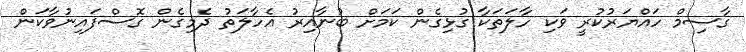
ގާސިމް ހައްޔަރުކުރީ ވަކި ހާލަތަކާ ގުޅިގެން ކަމަށް ބުނާއިރު އެހާލަތު ދެމިގެން ގޮސްފައިނުވާކަން